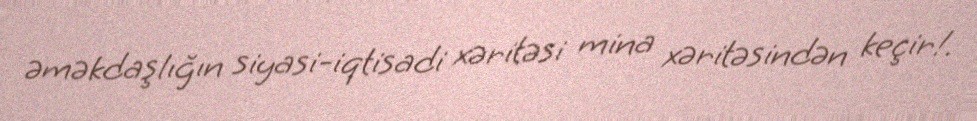
əməkdaşlığın siyasi-iqtisadi xəritəsi mina xəritəsindən keçir!.